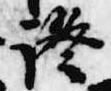
証